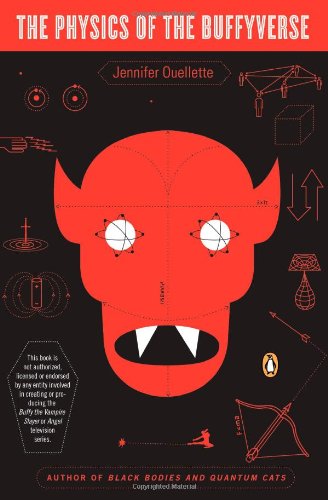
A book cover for The Physics of the Buffyverse; Jennifer Ouellette; Humor & Entertainment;